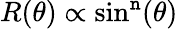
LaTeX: R(\theta)\propto\sin^{\mathtt{n}}(\theta)